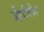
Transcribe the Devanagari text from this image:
औपनिवेश